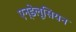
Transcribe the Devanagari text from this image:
एन्डेलूसियन